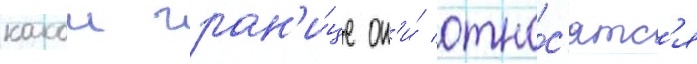
какои гран'и́це он'и́ отно́с'ятс'я